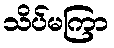
သိပ်မကြာ